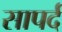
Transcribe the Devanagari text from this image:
सापर्द